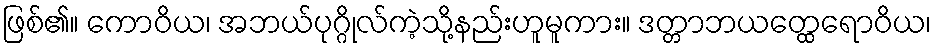
ဖြစ်၏။ ကောဝိယ၊ အဘယ်ပုဂ္ဂိုလ်ကဲ့သို့နည်းဟူမူကား။ ဒတ္တာဘယတ္ထေရောဝိယ၊